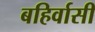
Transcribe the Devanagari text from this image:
बहिर्वासी